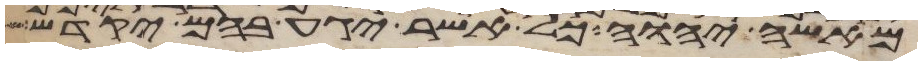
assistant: מאשי יהוה כל אשר יגע בהם יקדש